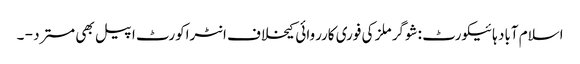
اسلام آباد ہائیکورٹ :شوگر ملز کی فوری کارروائی کیخلاف انٹراکورٹ اپیل بھی مسترد - ۔